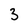
Character: 3